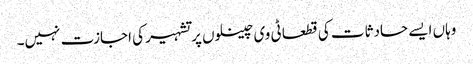
وہاں ایسے حادثات کی قطعا ٹی وی چینلوں پر تشہیر کی اجازت نہیں۔